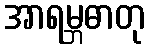
အာရမ္ဘဓာတု